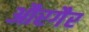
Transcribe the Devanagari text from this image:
औरगैर